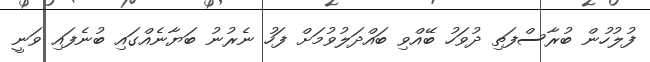
ފުލުހުން ބުރާސްފަތި ދުވަހު ބޭއްވި ބައްދަލުވުމަށް ފަހު ނެރުނު ބަޔާނެއްގައި ބުނެފައި ވަނީ